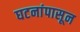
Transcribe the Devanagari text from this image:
घटनांपासून